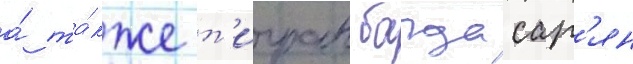
а́ та́кже т'игран багдасар'ян